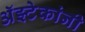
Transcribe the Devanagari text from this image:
अॅझ्टेकांनी